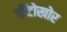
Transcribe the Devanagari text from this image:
चींटोखोर